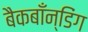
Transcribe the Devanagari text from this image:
बैकबाँन्डिंग